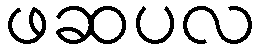
ဖဆပလ